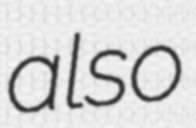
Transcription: also